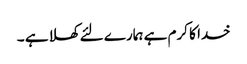
خدا کا کرم ہے ہمارے لئے کھلا ہے ۔